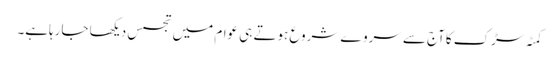
کمٹہ سڑک کاآج سے سروے شروع ہوتے ہی عوام میں تجسس دیکھا جارہاہے۔